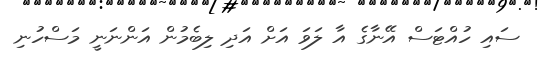
ސައި ހުއްޓަސް އޭނާގެ އާ ލަވަ އަށް އަދި ލިބެމުން އަންނަނީ މަސްހުނި